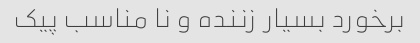
برخورد بسیار زننده و نا مناسب پیک